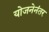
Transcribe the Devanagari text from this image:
योजनेनंतर